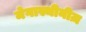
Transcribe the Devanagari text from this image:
मेगास्थीनीज़